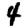
Digit: 4